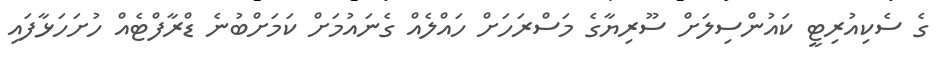
ގެ ސެކިއުރިޓީ ކައުންސިލަށް ސޫރިޔާގެ މަސްރަހަށް ހައްލެއް ގެނައުމަށް ކަމަށްބުނެ ޑްރާފްޓެއް ހުށަހަޅާފައި